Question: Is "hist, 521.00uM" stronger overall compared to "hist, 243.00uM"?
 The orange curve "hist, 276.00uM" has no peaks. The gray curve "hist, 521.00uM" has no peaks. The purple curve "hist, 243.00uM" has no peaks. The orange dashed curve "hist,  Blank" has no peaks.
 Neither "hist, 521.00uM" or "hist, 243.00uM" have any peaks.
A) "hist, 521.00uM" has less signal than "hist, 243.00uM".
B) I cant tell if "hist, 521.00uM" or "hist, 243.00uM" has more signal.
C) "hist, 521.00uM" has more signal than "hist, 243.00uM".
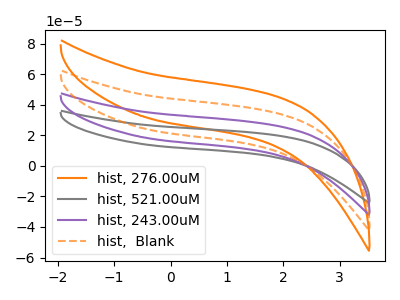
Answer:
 <answer>B) I cant tell if "hist, 521.00uM" or "hist, 243.00uM" has more signal.</answer>
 <eval>B</eval>